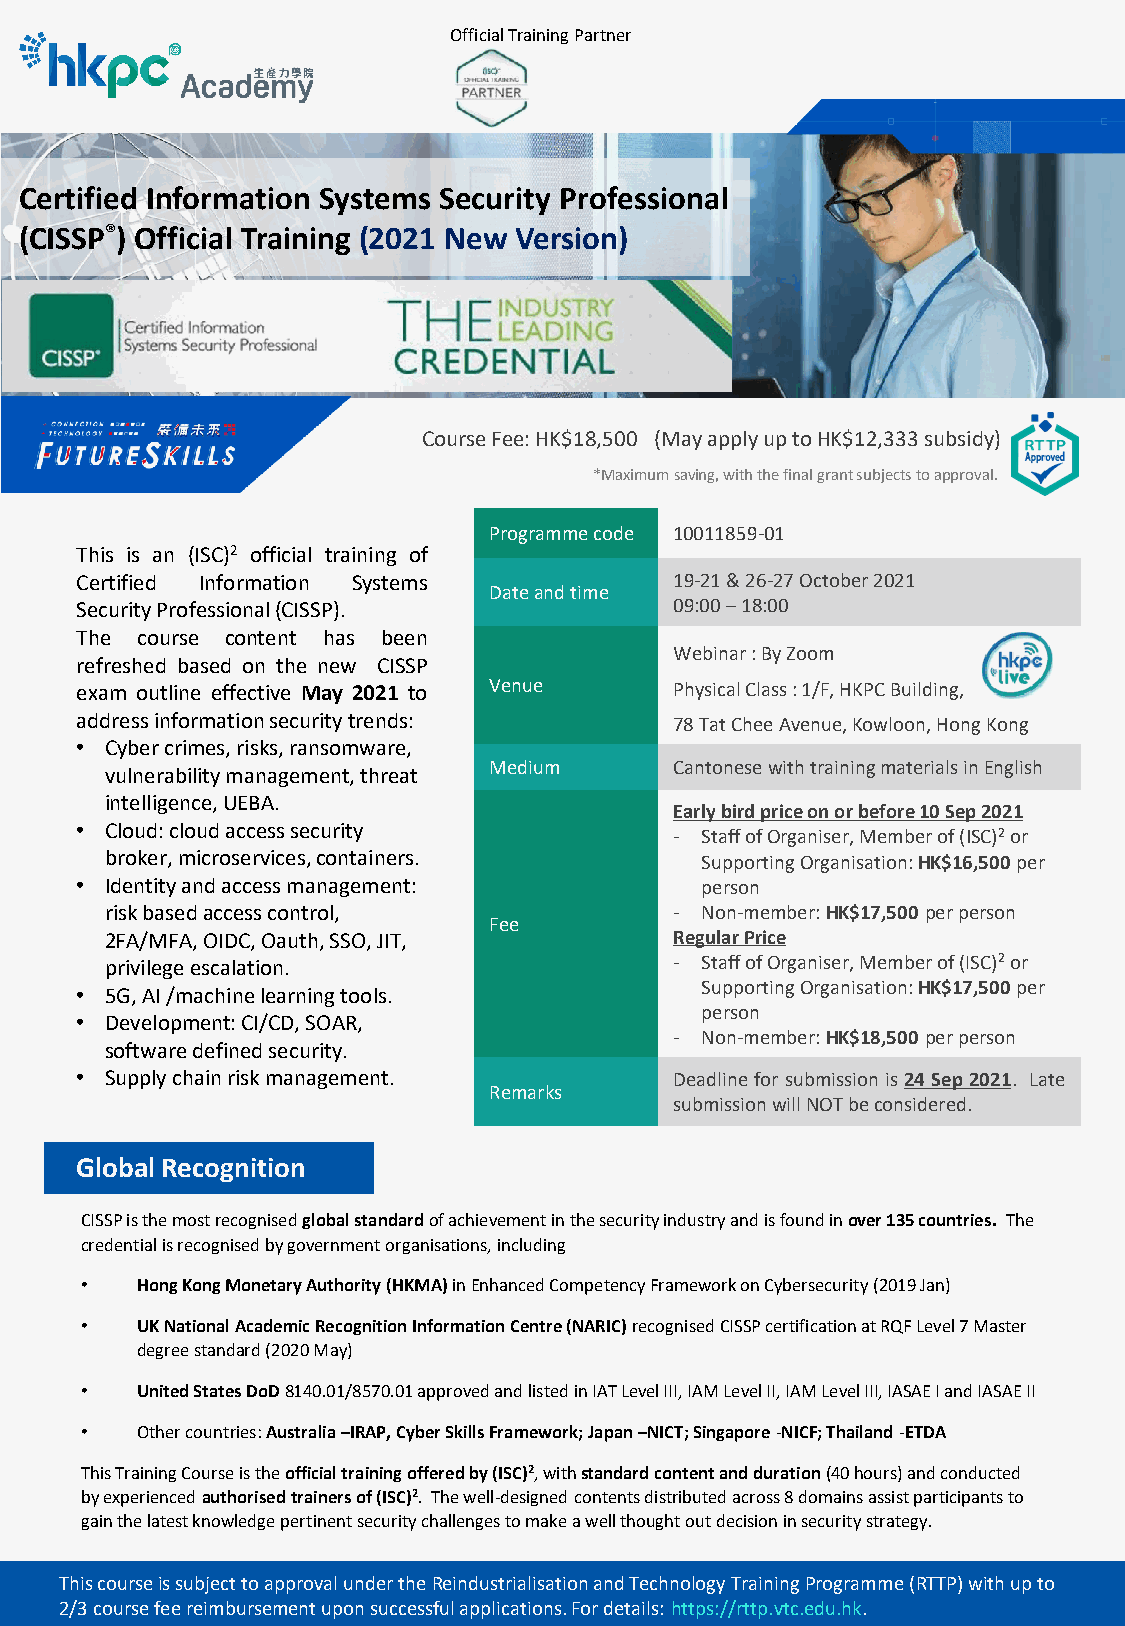
Official Training Partner
 Certified Information Systems Security Professional
 (CISSP®) Official Training (2021 New Version)
 Course Fee: HK$18,500 (May apply up to HK$12,333 subsidy)
 *Maximum saving, with the final grant subjects to approval.
 Programme code 10011859-01
 This is an (ISC)2 official training of
 Certified Information Systems           19-21 & 26-27 October 2021
 Dateand time
 SecurityProfessional(CISSP).            09:00 –18:00
 The course content has been
 Webinar: By Zoom
 refreshed based on the new CISSP
 exam outline effective May 2021 to Venue Physical Class: 1/F, HKPC Building,
 addressinformationsecuritytrends:       78 Tat Chee Avenue, Kowloon, Hong Kong
 • Cyber crimes, risks, ransomware,
 Medium       CantonesewithtrainingmaterialsinEnglish
 vulnerability management, threat
 intelligence, UEBA.
 Early bird price on or before 10 Sep 2021
 • Cloud: cloud access security
 - Staff of Organiser,Member of (ISC)2or
 broker, microservices, containers.     Supporting Organisation: HK$16,500per
 • Identity and access management:        person
 risk basedaccess control,             - Non-member: HK$17,500per person
 Fee
 2FA/MFA, OIDC, Oauth, SSO, JIT,       Regular Price
 privilege escalation.                 - Staff of Organiser, Member of (ISC)2or
 Supporting Organisation: HK$17,500per
 • 5G, AI /machine learning tools.
 person
 • Development: CI/CD, SOAR,
 - Non-member: HK$18,500per person
 software defined security.
 • Supply chain risk management.         Deadline for submissionis24 Sep 2021. Late
 Remarks
 submissionwillNOTbeconsidered.
 Global Recognition
 CISSPis the most recognisedglobal standard of achievement in the security industry and is found in over 135 countries. The
 credential is recognised by government organisations, including
 •   Hong Kong Monetary Authority (HKMA)in Enhanced Competency Framework on Cybersecurity (2019 Jan)
 •   UK National Academic Recognition Information Centre (NARIC) recognisedCISSP certification at RQF Level 7 Master
 degree standard (2020 May)
 •   United States DoD 8140.01/8570.01 approved and listed in IAT Level III, IAM Level II, IAM Level III, IASAE I and IASAE II
 •   Other countries: Australia –IRAP, Cyber Skills Framework; Japan –NICT; Singapore -NICF; Thailand -ETDA
 This Training Course is the official training offered by (ISC)2, with standard content and duration (40 hours) and conducted
 by experienced authorisedtrainers of (ISC)2. The well-designed contents distributed across 8 domains assist participants to
 gain the latest knowledge pertinent security challenges to make a well thought out decision in security strategy.
 This course is subject to approval under the Reindustrialisationand Technology Training Programme (RTTP) with up to
 2/3 course fee reimbursement upon successful applications. For details: https://rttp.vtc.edu.hk.